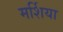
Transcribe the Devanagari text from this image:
मर्शिया